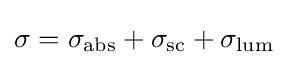
\sigma =\sigma _{\text{abs}}+\sigma _{\text{sc}}+\sigma _{\text{lum}}